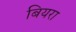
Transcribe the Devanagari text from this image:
बियरा